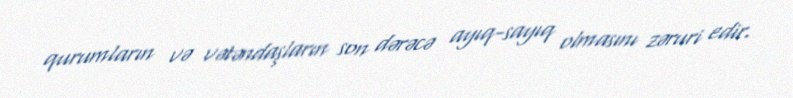
qurumların və vətəndaşların son dərəcə ayıq-sayıq olmasını zəruri edir.